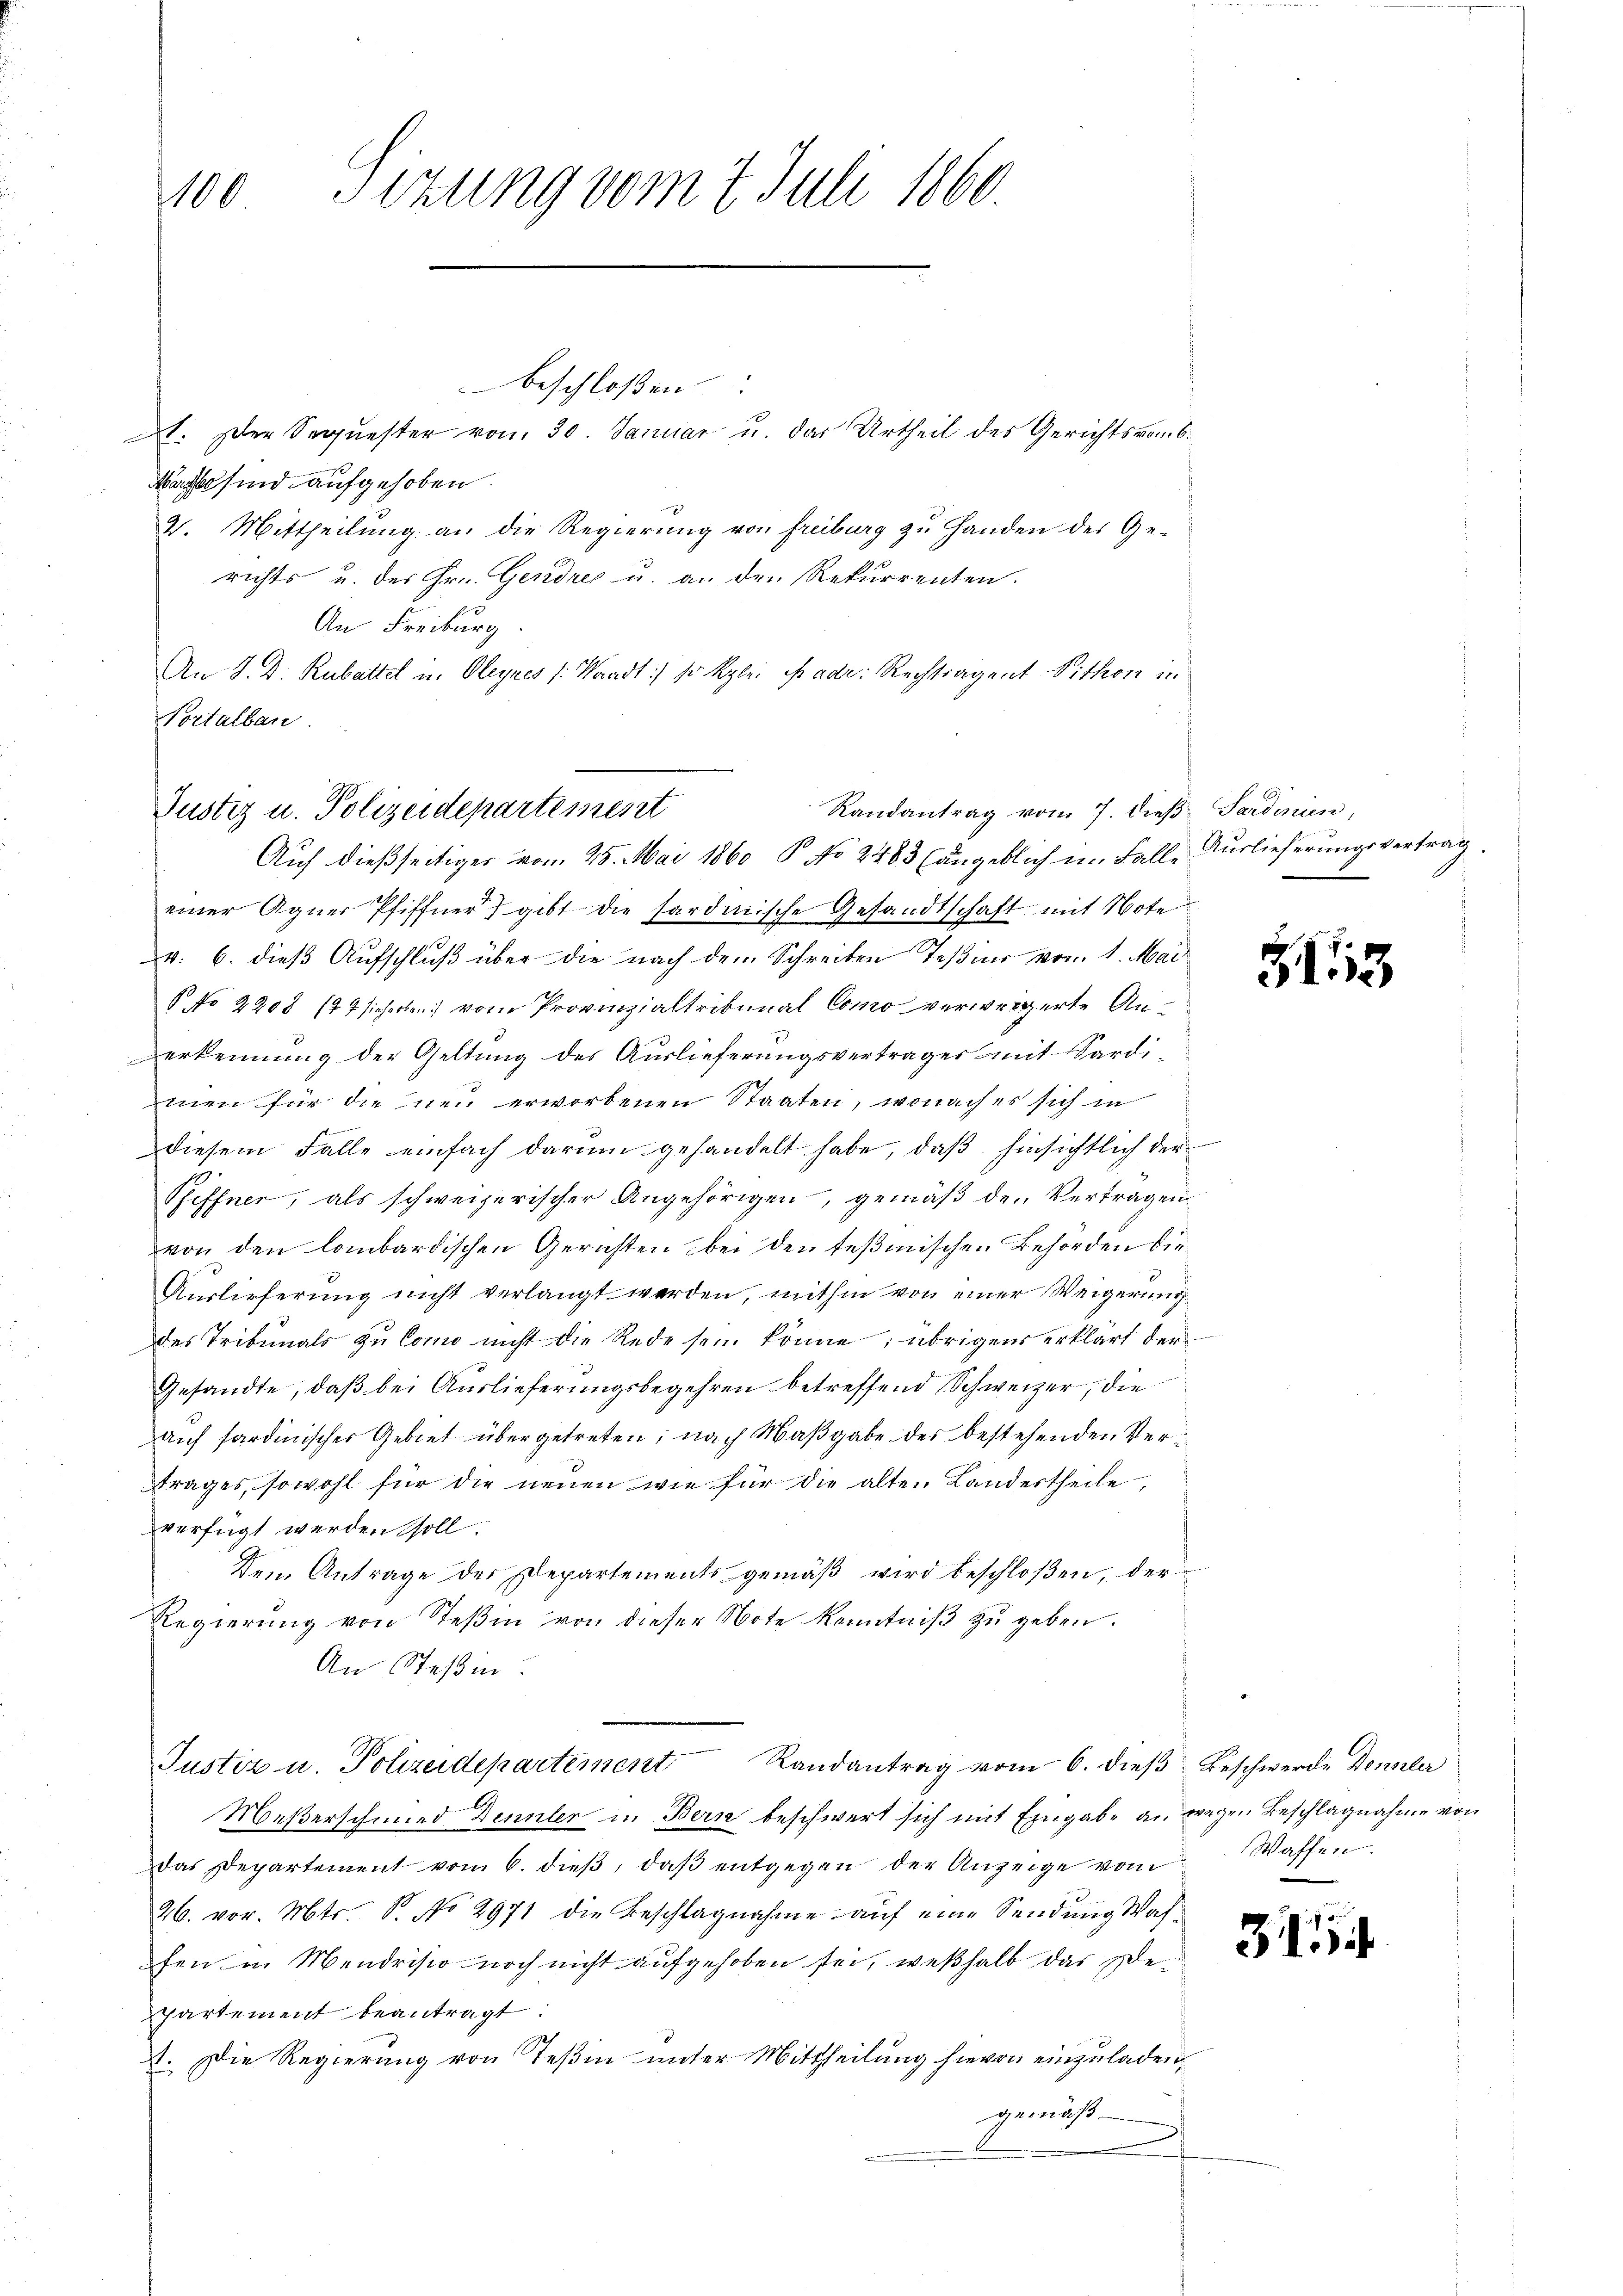
Sizung vom 7. Juli 1860.
100

Nachst sind aufgehoben.
4. Mittheilŭng an die Regierŭng von Freiburg zŭ Handen des Ge-
richts u. der Hrn. Gendre u. an den Rekurrenten.
An Freiburg
An S. D. Rubattel u. Oleynes /: Waadt :/ so kzlei padr. Rechtragent Vithon in
Nortalban

beschloßen
t. Der Sequester vom 30. Januar u. das Urtheil des Gerichtsvors¬

Randantrag vom 7. dieß Sardinien,
Justiz u. Polizeidepartement
Auf dießseitiger vom 25. Mai 1860 P. No 2483 (angeblich im Falle Auslieferungsvertrag

einer Agner Pfiffner) gibt die sardinische Gesandtschaft mit Note
v. 6. dieß Aufschluß über die nach dem Schreiben Teßin von 1. Mai
 No 2208 (74 sicherben vom Provinzialtribunal Como verweigerte An¬
Verkennung der Geltung des Auslieferungsvertrages mit Sardimen für die neu erworbenen Staaten, wonach es sich in
x
diesem Falle einfach darum gehandelt habe, daß hinsichtlich der
Pfiffner, als schweizerischer Angehörigen, gemäß den Vertragen
von den lombardischen Gerichten bei den tesmischen Behörden die
Auslieferung nicht verlangt werden, mithin von einer Weigerung
des Tribunals zu Como nicht die Rede sein könne; übrigens erklärt der
Gesandte, daß bei Auslieferungsbegehren betreffend Schweizer, die
auf sardinischer Gebiet übergetreten; nach Maßgabe des bestehenden Vertrages, sowohl für die neuen wie für die alten Landertheile,
verfügt werden soll.
Dem Antrage der Departements gemäß wird beschloßen, der
Regierung von Teßin von dieser Note Kenntniß zu geben.
An Steßen

51113

Justiz u. Polizeidepartement Randantrag vom 6. dieß Beschwerde Dennler

Meßerschmied Dennler in Bern beschwert sich mit Eingabe an wegen Beschlagnahme von
das Departement vom 6. dieβ, daβ entgegen der Anzeige vom Wassen
26. vor. Mts. S. No 2971 die Beschlagnahme auf eine Sendung Waffen in Mendristo noch nicht aufgehoben sei, weßhalb das Be¬
Partement beantragt.
A. Die Regierung von Teßin unter Mittheilung hievon einzuladen,
gemäß

314